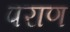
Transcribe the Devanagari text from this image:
पराण